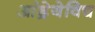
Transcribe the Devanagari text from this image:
आंद्रेयेविच